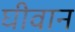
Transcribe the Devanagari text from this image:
घीवान